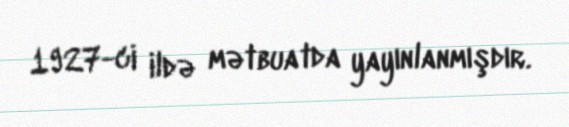
1927-ci ildə mətbuatda yayınlanmışdır.